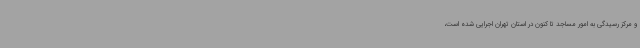
و مرکز ‌رسیدگی‌ به‌ امور مساجد تا کنون در استان تهران اجرایی شده است،